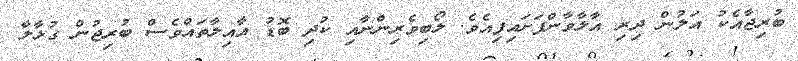
ބުރިޖާއެކު އަލުން ދިރި އާލާވާންފަށައިފިއެވެ. ލޯބިވެރިންނާއި ކުދި ބޮޑު އާއިލާތައްވެސް ބުރިޖުން ގުޅާލާ